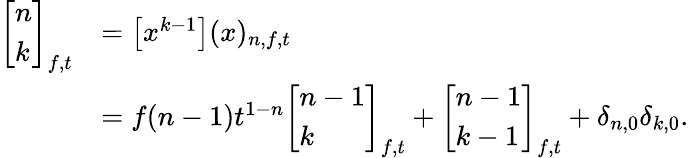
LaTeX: {\begin{array}{rl}{\left[{\begin{array}{l}{n}\\ {k}\end{array}}\right]_{f,t}}&{=\left[x^{k-1}\right](x)_{n,f,t}}\\ &{=f(n-1)t^{1-n}\left[{\begin{array}{l}{n-1}\\ {k}\end{array}}\right]_{f,t}+\left[{\begin{array}{l}{n-1}\\ {k-1}\end{array}}\right]_{f,t}+\delta_{n,0}\delta_{k,0}.}\end{array}}